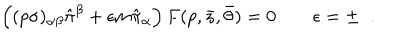
\left( ( p \sigma ) _ { \alpha \beta } \hat { \pi } ^ { \beta } + \epsilon m \hat { \pi } _ { \alpha } \right) F ( p , \bar { z } , \bar { \theta } ) = 0 \qquad \epsilon = \pm \; \; .